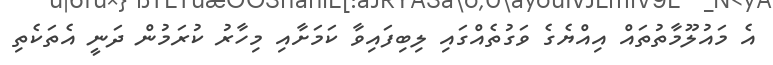
އެ މައުލޫމާތުތައް އިއްޔެގެ ވަގުތެއްގައި ލިބިފައިވާ ކަމަށާއި މިހާރު ކުރަމުން ދަނީ އެތަކެތި